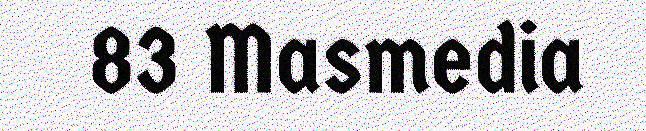
83 Masmedia